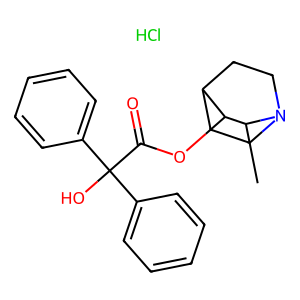
SMILES: CC1C(OC(=O)C(O)(c2ccccc2)c2ccccc2)C2CCN1CC2.Cl
Inhibits HIV replication: No